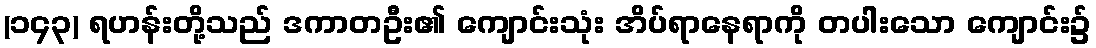
(၁၄၃) ရဟန်းတို့သည် ဒကာတဦး၏ ကျောင်းသုံး အိပ်ရာနေရာကို တပါးသော ကျောင်း၌